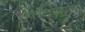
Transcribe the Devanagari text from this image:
फुहारेवाले